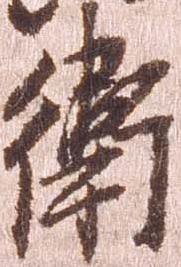
衛